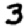
Digit: 3